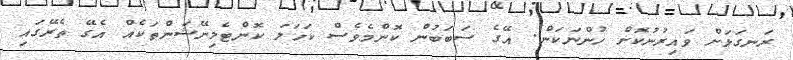
ރަނގަޅަށް ވައިރުނުކޮށް ހުންނަކަން. އޭގެ ސަބަބުން ކޮންމެވެެސް ކަހަލަ ކޮންޓެމިނޭޝަންތަކެއް އެގޭ ތެރޭގައި